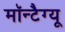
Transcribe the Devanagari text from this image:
मॉन्टैग्यू